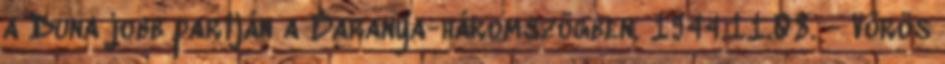
a Duna jobb partján a Baranya-háromszögben. 1944.11.08. - Vörös